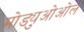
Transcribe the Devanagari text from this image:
मोड्युओओल